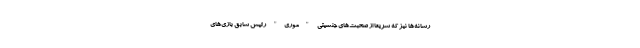
رسانه‌ها نیز که سریعا از صحبت‌های جنسیتی "موری" رئیس سابق بازی‌های